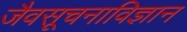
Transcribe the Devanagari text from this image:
जैवसूचनाविज्ञान